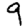
Digit: 9